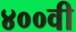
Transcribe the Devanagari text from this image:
४००वी